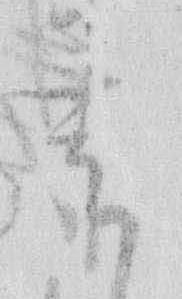
春